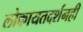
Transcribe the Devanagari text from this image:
लोकायतदर्शनही